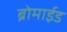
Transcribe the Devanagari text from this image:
ब्रोमाईड